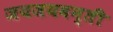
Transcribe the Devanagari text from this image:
जयजयवन्ती